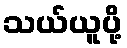
သယ်ယူပို့